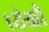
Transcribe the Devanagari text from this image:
ध्येयही